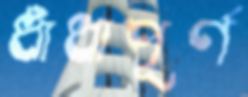
ধাঁধাপূর্ণ